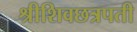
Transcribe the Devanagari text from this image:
श्रीशिवछत्रपती